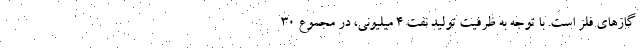
گازهای فلز است. با توجه به ظرفیت تولید نفت ۴ میلیونی،‌ در مجموع ۳۰